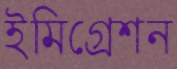
ইমিগ্রেশন